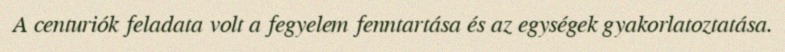
A centuriók feladata volt a fegyelem fenntartása és az egységek gyakorlatoztatása.